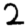
Digit: 2